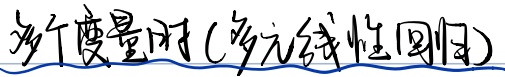
多个度量时(多元线性回归)